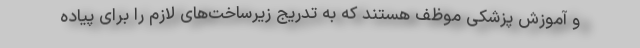
و آموزش پزشکی موظف هستند که به تدریج زیرساخت‌های لازم را برای پیاده